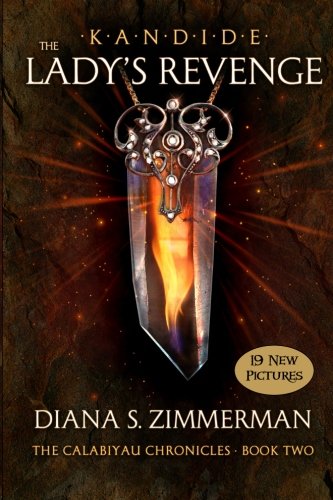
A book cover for KANDIDE THE Lady's Revenge: Book Two (The Calabiyau Chronicles) (Volume 2); Ms Diana S. Zimmerman; Science Fiction & Fantasy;